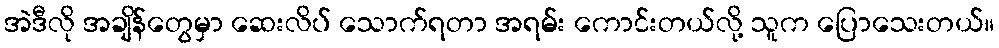
အဲဒီလို အချိန်တွေမှာ ဆေးလိပ် သောက်ရတာ အရမ်း ကောင်းတယ်လို့ သူက ပြောသေးတယ်။